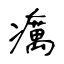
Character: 癘